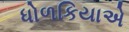
ધોળકિયાએ